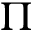
\Pi